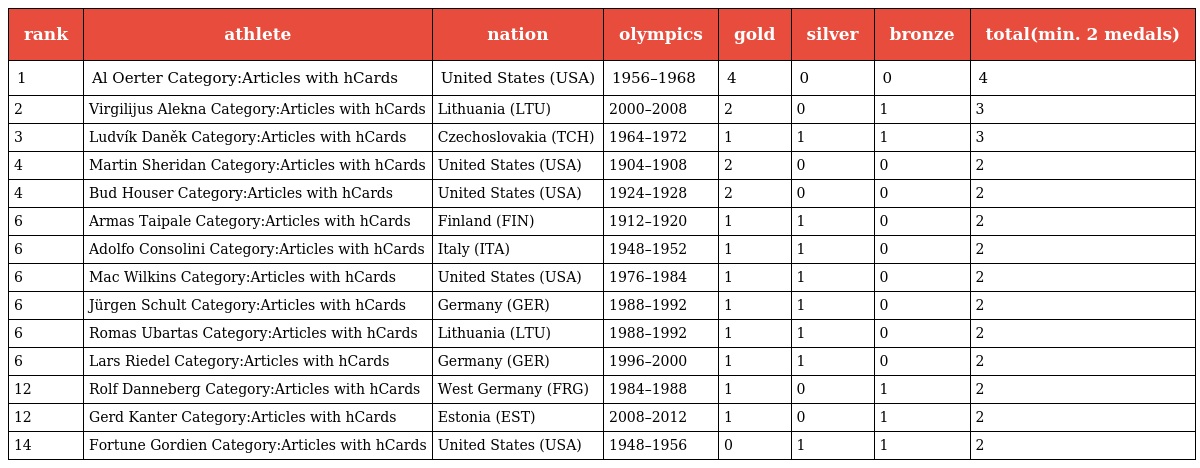
| rank | athlete | nation | olympics | gold | silver | bronze | total(min. 2 medals) |
 | --- | --- | --- | --- | --- | --- | --- | --- |
 | 1 | Al Oerter Category:Articles with hCards | United States (USA) | 1956–1968 | 4 | 0 | 0 | 4 |
 | 2 | Virgilijus Alekna Category:Articles with hCards | Lithuania (LTU) | 2000–2008 | 2 | 0 | 1 | 3 |
 | 3 | Ludvík Daněk Category:Articles with hCards | Czechoslovakia (TCH) | 1964–1972 | 1 | 1 | 1 | 3 |
 | 4 | Martin Sheridan Category:Articles with hCards | United States (USA) | 1904–1908 | 2 | 0 | 0 | 2 |
 | 4 | Bud Houser Category:Articles with hCards | United States (USA) | 1924–1928 | 2 | 0 | 0 | 2 |
 | 6 | Armas Taipale Category:Articles with hCards | Finland (FIN) | 1912–1920 | 1 | 1 | 0 | 2 |
 | 6 | Adolfo Consolini Category:Articles with hCards | Italy (ITA) | 1948–1952 | 1 | 1 | 0 | 2 |
 | 6 | Mac Wilkins Category:Articles with hCards | United States (USA) | 1976–1984 | 1 | 1 | 0 | 2 |
 | 6 | Jürgen Schult Category:Articles with hCards | Germany (GER) | 1988–1992 | 1 | 1 | 0 | 2 |
 | 6 | Romas Ubartas Category:Articles with hCards | Lithuania (LTU) | 1988–1992 | 1 | 1 | 0 | 2 |
 | 6 | Lars Riedel Category:Articles with hCards | Germany (GER) | 1996–2000 | 1 | 1 | 0 | 2 |
 | 12 | Rolf Danneberg Category:Articles with hCards | West Germany (FRG) | 1984–1988 | 1 | 0 | 1 | 2 |
 | 12 | Gerd Kanter Category:Articles with hCards | Estonia (EST) | 2008–2012 | 1 | 0 | 1 | 2 |
 | 14 | Fortune Gordien Category:Articles with hCards | United States (USA) | 1948–1956 | 0 | 1 | 1 | 2 |